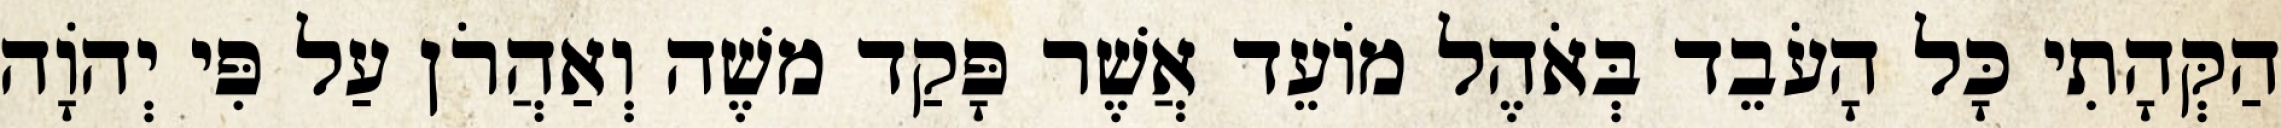
הַקְּהָתִי כָּל הָעֹבֵד בְּאֹהֶל מוֹעֵד אֲשֶׁר פָּקַד משֶׁה וְאַהֲרֹן עַל פִּי יְהוָֹה